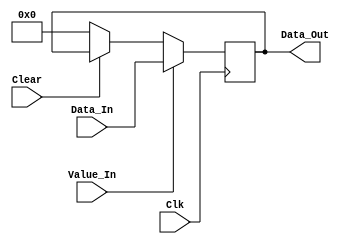
module Regsister_Out (
    Data_Out,Data_In,Value_In,Clk,Clear
);
    input wire [31:0] Data_In;
    input wire Value_In,Clk,Clear;
    output reg [31:0] Data_Out;
    always @(posedge Clk) begin
        if (Value_In) begin
            Data_Out <= Data_In;
        end
        else if (~Clear) begin
            Data_Out <= 32'b0;
        end
        else Data_Out <= Data_Out;
    end
endmodule